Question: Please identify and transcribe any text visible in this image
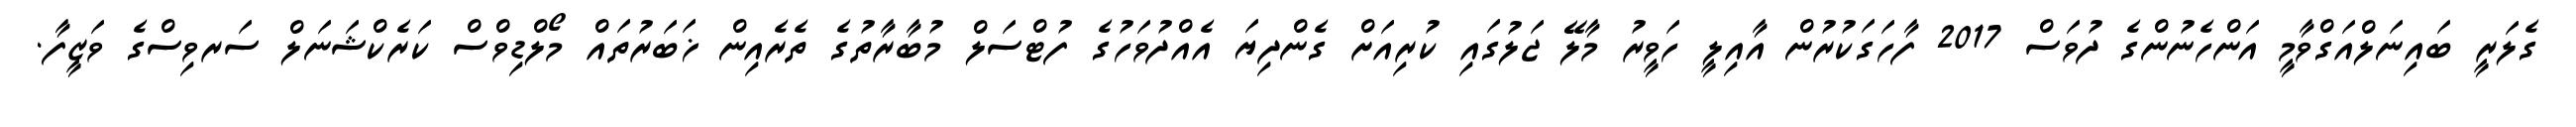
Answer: ގެލަރީ ބައިނަލްއަގްވާމީ އަންހެނުންގެ ދުވަސް 2017 ފާހަގަކުރުން އާއިލީ ހަވީރު މާލޭ ޖަލުގައި ކުރިއަށް ގެންދިޔަ އެއްދުވަހުގެ ފުޓްސަލް މުބާރާތުގެ ތެރެއިން ޚަބަރުތައް މޯލްޑިވްސް ކަރެކްޝަނަލް ސަރވިސްގެ ވަޒީފާ.